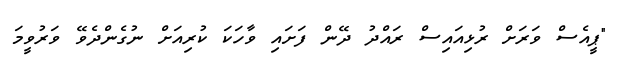
"ޕީއެސް ވަރަށް ރުޅިއައިސް ރައްދު ދޭން ފަށައި ވާހަކަ ކުރިއަށް ނުގެންދެވޭ ވަރުވީމަ